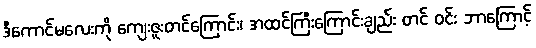
ဒီကောင်မလေးကို ကျေးဇူးတင်ကြောင်း၊ အထင်ကြီးကြောင်းချည်း တင် ဝင်း ဘာကြောင့်